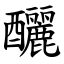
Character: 釃